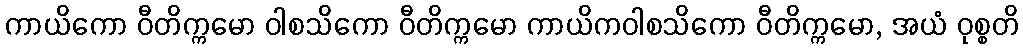
ကာယိကော ဝီတိက္ကမော ဝါစသိကော ဝီတိက္ကမော ကာယိကဝါစသိကော ဝီတိက္ကမော, အယံ ဝုစ္စတိ